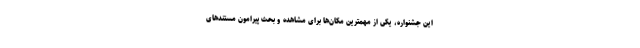
این جشنواره، یکی از مهمترین مکان‌ها برای مشاهده و بحث پیرامون مستندهای